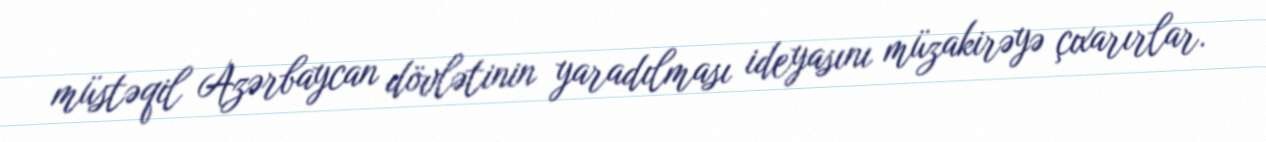
müstəqil Azərbaycan dövlətinin yaradılması ideyasını müzakirəyə çıxarırlar.